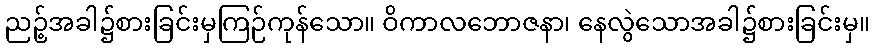
ညဉ့်အခါ၌စားခြင်းမှကြဉ်ကုန်သော။ ဝိကာလဘောဇနာ၊ နေလွဲသောအခါ၌စားခြင်းမှ။